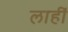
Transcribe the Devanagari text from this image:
लाहीं